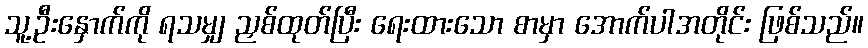
သူ့ဦးနှောက်ကို ရသမျှ ညှစ်ထုတ်ပြီး ရေးထားသော စာမှာ အောက်ပါအတိုင်း ဖြစ်သည်။